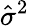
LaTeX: \hat{\sigma}^{2}